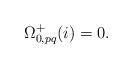
LaTeX: \begin{align*}\Omega^{+}_{0,pq}(i)=0.\end{align*}